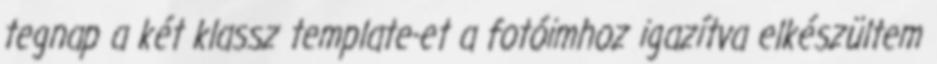
tegnap a két klassz template-et a fotóimhoz igazítva elkészültem